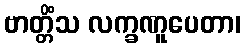
ဗာတ္တိံသ လက္ခဏူပေတာ၊